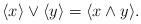
LaTeX: \begin{align*}\langle x\rangle\vee\langle y\rangle=\langle x\wedge y\rangle. \end{align*}